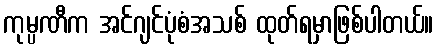
ကုမ္ပဏီက အင်ဂျင်ပုံစံအသစ် ထုတ်ရမှာဖြစ်ပါတယ်။